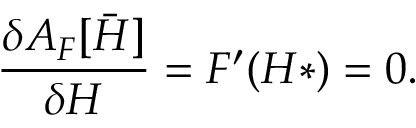
\frac { \delta { \cal A } _ { F } [ { { \bar { H } } } ] } { \delta H } = F ^ { \prime } ( H * ) = 0 .